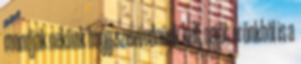
mondják nekünk hogy szenvednünk kell, saját erőnkből is a